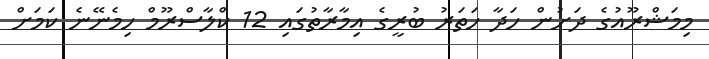
މިމަޝްރޫއުގެ ދަށުން ހަދާ ހަތަރު ބުރީގެ އިމާރާތުގައި 12 ކްލާސްރޫމް ހިމެނޭނެ ކަމަށް